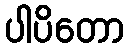
ပါပိတော